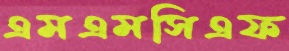
এমএমসিএফ